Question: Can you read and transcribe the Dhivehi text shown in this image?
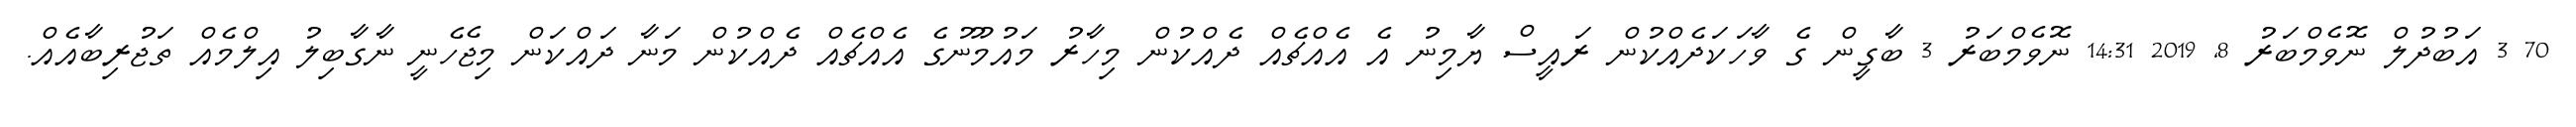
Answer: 70 3 އަބުދުލް ނޮވެމްބަރު 8, 2019 14:31 ނޮވެމްބަރު 3 ބާގީން ގެ ވާހަކަދެއްކުން ރައީސް ޔާމިނު އެ އެއްޗެއް ދެއްކުން މިހާރު މައުމޫނުގެ އެއްޗެއް ދެއްކުން މަނާ ދައްކަން މިޖެހެނީ ނާގާބިލު އިލްމެއް ތަޖުރިބާއެއް.